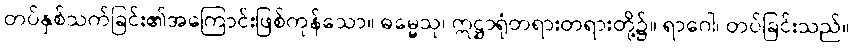
တပ်နှစ်သက်ခြင်း၏အကြောင်းဖြစ်ကုန်သော။ ဓမ္မေသု၊ ဣဋ္ဌာရုံတရားတရားတို့၌။ ရာဂေါ၊ တပ်ခြင်းသည်။